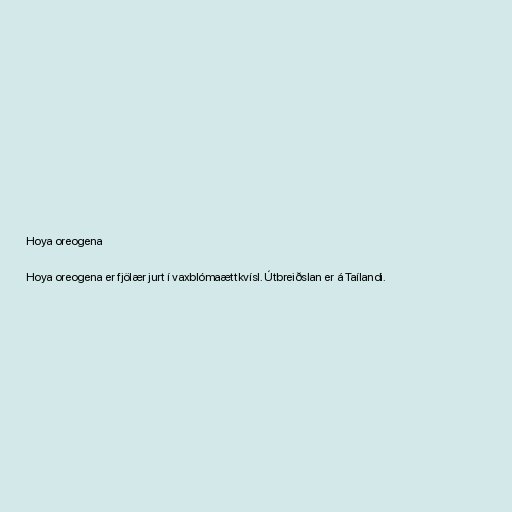
Hoya oreogena

Hoya oreogena er fjölær jurt í vaxblómaættkvísl. Útbreiðslan er á Taílandi.